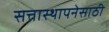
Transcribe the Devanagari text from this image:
सत्तास्थापनेसाठी